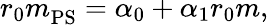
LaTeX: r_{0}m_{\mathrm{PS}}^{}=\alpha_{0}+\alpha_{1}r_{0}m,